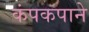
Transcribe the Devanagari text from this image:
कंपकपाने